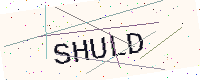
Text: SHULD